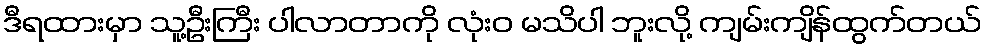
ဒီရထားမှာ သူ့ဦးကြီး ပါလာတာကို လုံးဝ မသိပါ ဘူးလို့ ကျမ်းကျိန်ထွက်တယ်